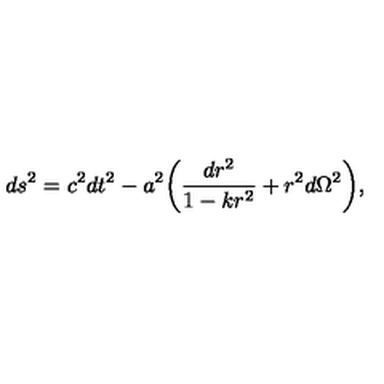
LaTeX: d s ^ { 2 } = c ^ { 2 } d t ^ { 2 } - a ^ { 2 } \biggl ( \frac { d r ^ { 2 } } { 1 - k r ^ { 2 } } + r ^ { 2 } d \Omega ^ { 2 } \biggr ) ,